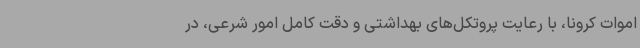
اموات کرونا، با رعایت پروتکل‌های بهداشتی و دقت کامل امور شرعی، در